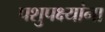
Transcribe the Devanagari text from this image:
पशुपक्ष्यांना